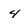
Character: 4